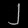
Digit: ၂